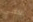
يتلقى